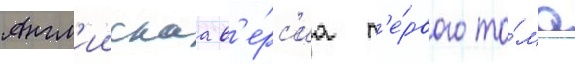
Англ'иискаа в'е́рс'иа п'е́рвого то́ма